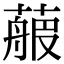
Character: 𦻉